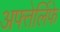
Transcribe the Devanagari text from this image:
अफ्तेर्लिफे